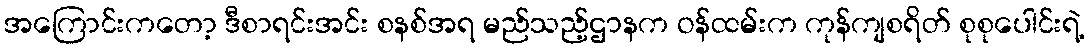
အကြောင်းကတော့ ဒီစာရင်းအင်း စနစ်အရ မည်သည့်ဌာနက ဝန်ထမ်းက ကုန်ကျစရိတ် စုစုပေါင်းရဲ့